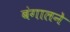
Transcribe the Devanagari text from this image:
बंगालने